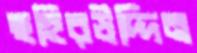
ছহিরউদ্দিন